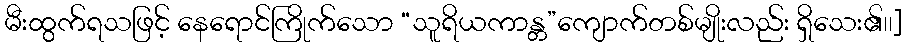
မီးထွက်ရသဖြင့် နေရောင်ကြိုက်သော “သူရိယကာန္တ”ကျောက်တစ်မျိုးလည်း ရှိသေး၏၊၊]